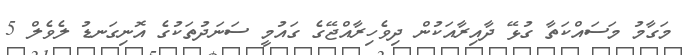
މަގާމު މަސައްކަތާ ގުޅޭ ދާއިރާއަކުން ދިވެހިރާއްޖޭގެ ގައުމީ ސަނަދުތަކުގެ އޮނިގަނޑު ލެވެލް 5